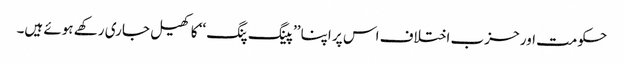
حکومت اور حزب اختلاف اس پر اپنا ’’پینگ پنگ ‘‘ کا کھیل جاری رکھے ہوئے ہیں۔